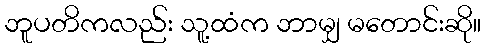
ဘူပတိကလည်း သူ့ထံက ဘာမျှ မတောင်းဆို။